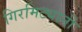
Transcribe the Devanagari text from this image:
गिरमिट्यानी